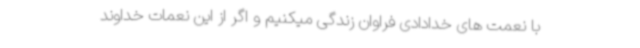
با نعمت های خدادادی فراوان زندگی میکنیم و اگر از این نعمات خداوند